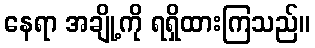
နေရာ အချို့ကို ရရှိထားကြသည်။